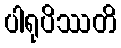
ပါရုပိဿတိ